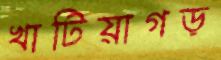
খাটিয়াগড়